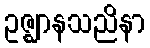
ဥဇ္ဈာနသညိနာ